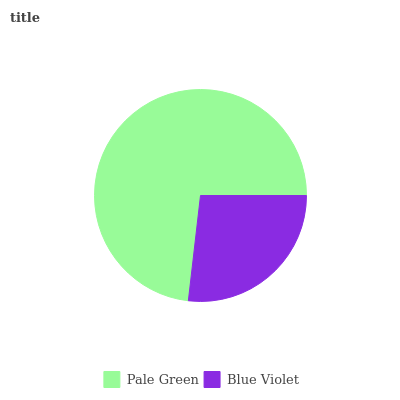
| Pale Green | Blue Violet |
 | --- | --- |
 | 73.1% | 26.9% |